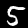
Label: 5